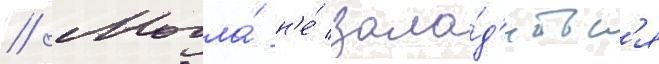
// Могла́ н'е́ зала́д'итьс'я